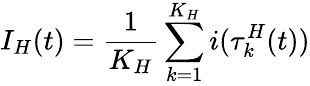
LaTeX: I_{H}(t)=\frac{1}{K_{H}}\sum_{k=1}^{K_{H}}i(\tau_{k}^{H}(t))